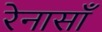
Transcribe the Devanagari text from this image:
रेनासाँ